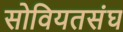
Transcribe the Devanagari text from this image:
सोवियतसंघ